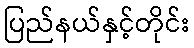
ပြည်နယ်နှင့်တိုင်း